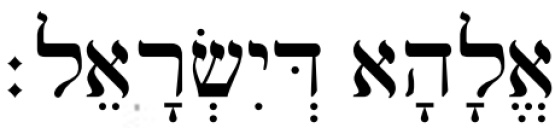
אֱלָהָא דְּיִשְׂרָאֵל׃